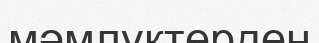
мәмлүктерден